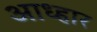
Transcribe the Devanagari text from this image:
आध्हार